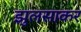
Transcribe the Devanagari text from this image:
झुलसाकर